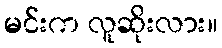
မင်းက လူဆိုးလား။